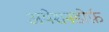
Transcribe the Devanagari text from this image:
अयेशनडोर्फ़